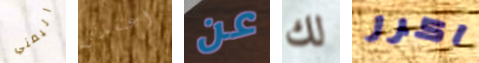
اليمني اعتقدتي عن لك اكرر